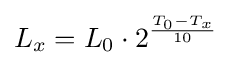
L_{x}=L_{0}\cdot 2^{\frac {T_{0}-T_{x}}{10}}